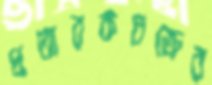
প্রতারকচক্রের